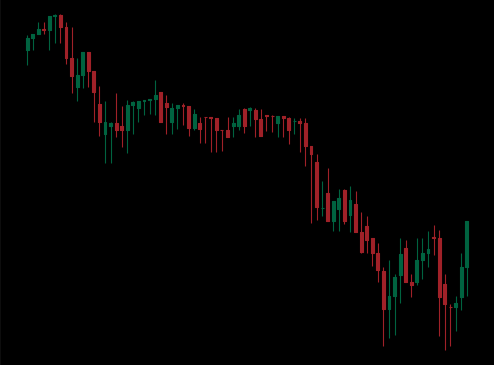
Pattern: unclassified